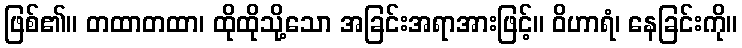
ဖြစ်၏။ တထာတထာ၊ ထိုထိုသို့သော အခြင်းအရာအားဖြင့်။ ဝိဟာရံ၊ နေခြင်းကို။